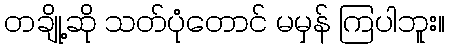
တချို့ဆို သတ်ပုံတောင် မမှန် ကြပါဘူး။